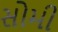
સોમી